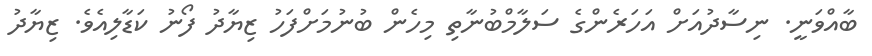
ބާއްވަނީ. ނިސާދުއަށް އަހަރެންގެ ސަލާމްބުނާތި މިހެން ބުނުމަށްފަހު ޒިޔާދު ފޯނު ކަޑާލިއެވެ. ޒިޔާދު